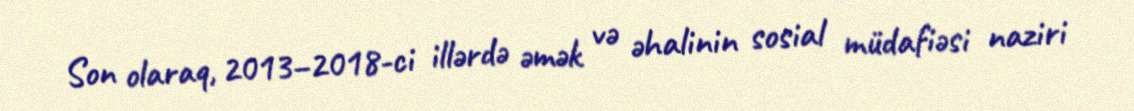
Son olaraq, 2013–2018-ci illərdə əmək və əhalinin sosial müdafiəsi naziri